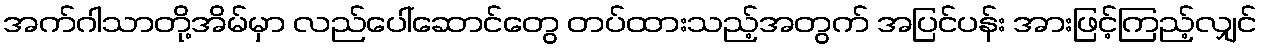
အက်ဂါသာတို့အိမ်မှာ လည်ပေါ်ဆောင်တွေ တပ်ထားသည့်အတွက် အပြင်ပန်း အားဖြင့်ကြည့်လျှင်